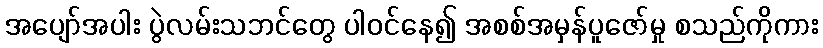
အပျော်အပါး ပွဲလမ်းသဘင်တွေ ပါဝင်နေ၍ အစစ်အမှန်ပူဇော်မှု စသည်ကိုကား